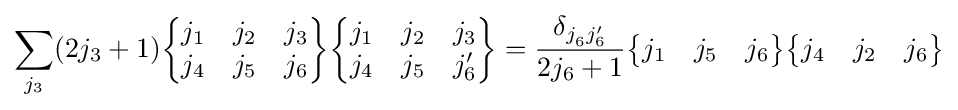
\sum _{j_{3}}(2j_{3}+1){\begin{Bmatrix}j_{1}&j_{2}&j_{3}\\j_{4}&j_{5}&j_{6}\end{Bmatrix}}{\begin{Bmatrix}j_{1}&j_{2}&j_{3}\\j_{4}&j_{5}&j_{6}'\end{Bmatrix}}={\frac {\delta _{j_{6}^{}j_{6}'}}{2j_{6}+1}}{\begin{Bmatrix}j_{1}&j_{5}&j_{6}\end{Bmatrix}}{\begin{Bmatrix}j_{4}&j_{2}&j_{6}\end{Bmatrix}}